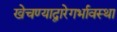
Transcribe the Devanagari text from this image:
खेचण्याद्वारेगर्भावस्था